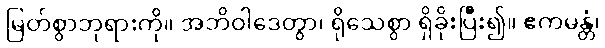
မြတ်စွာဘုရားကို။ အဘိဝါဒေတွာ၊ ရိုသေစွာ ရှိခိုးပြီး၍။ ဧကမန္တံ၊